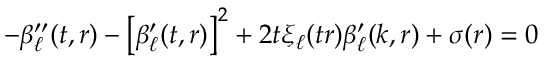
- \beta _ { \ell } ^ { \prime \prime } ( t , r ) - \left[ \beta _ { \ell } ^ { \prime } ( t , r ) \right] ^ { 2 } + 2 t \xi _ { \ell } ( t r ) \beta _ { \ell } ^ { \prime } ( k , r ) + \sigma ( r ) = 0